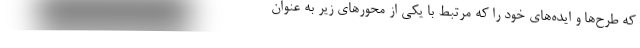
که طرح‌ها و ایده‌های خود را که مرتبط با یکی از محورهای زیر به عنوان